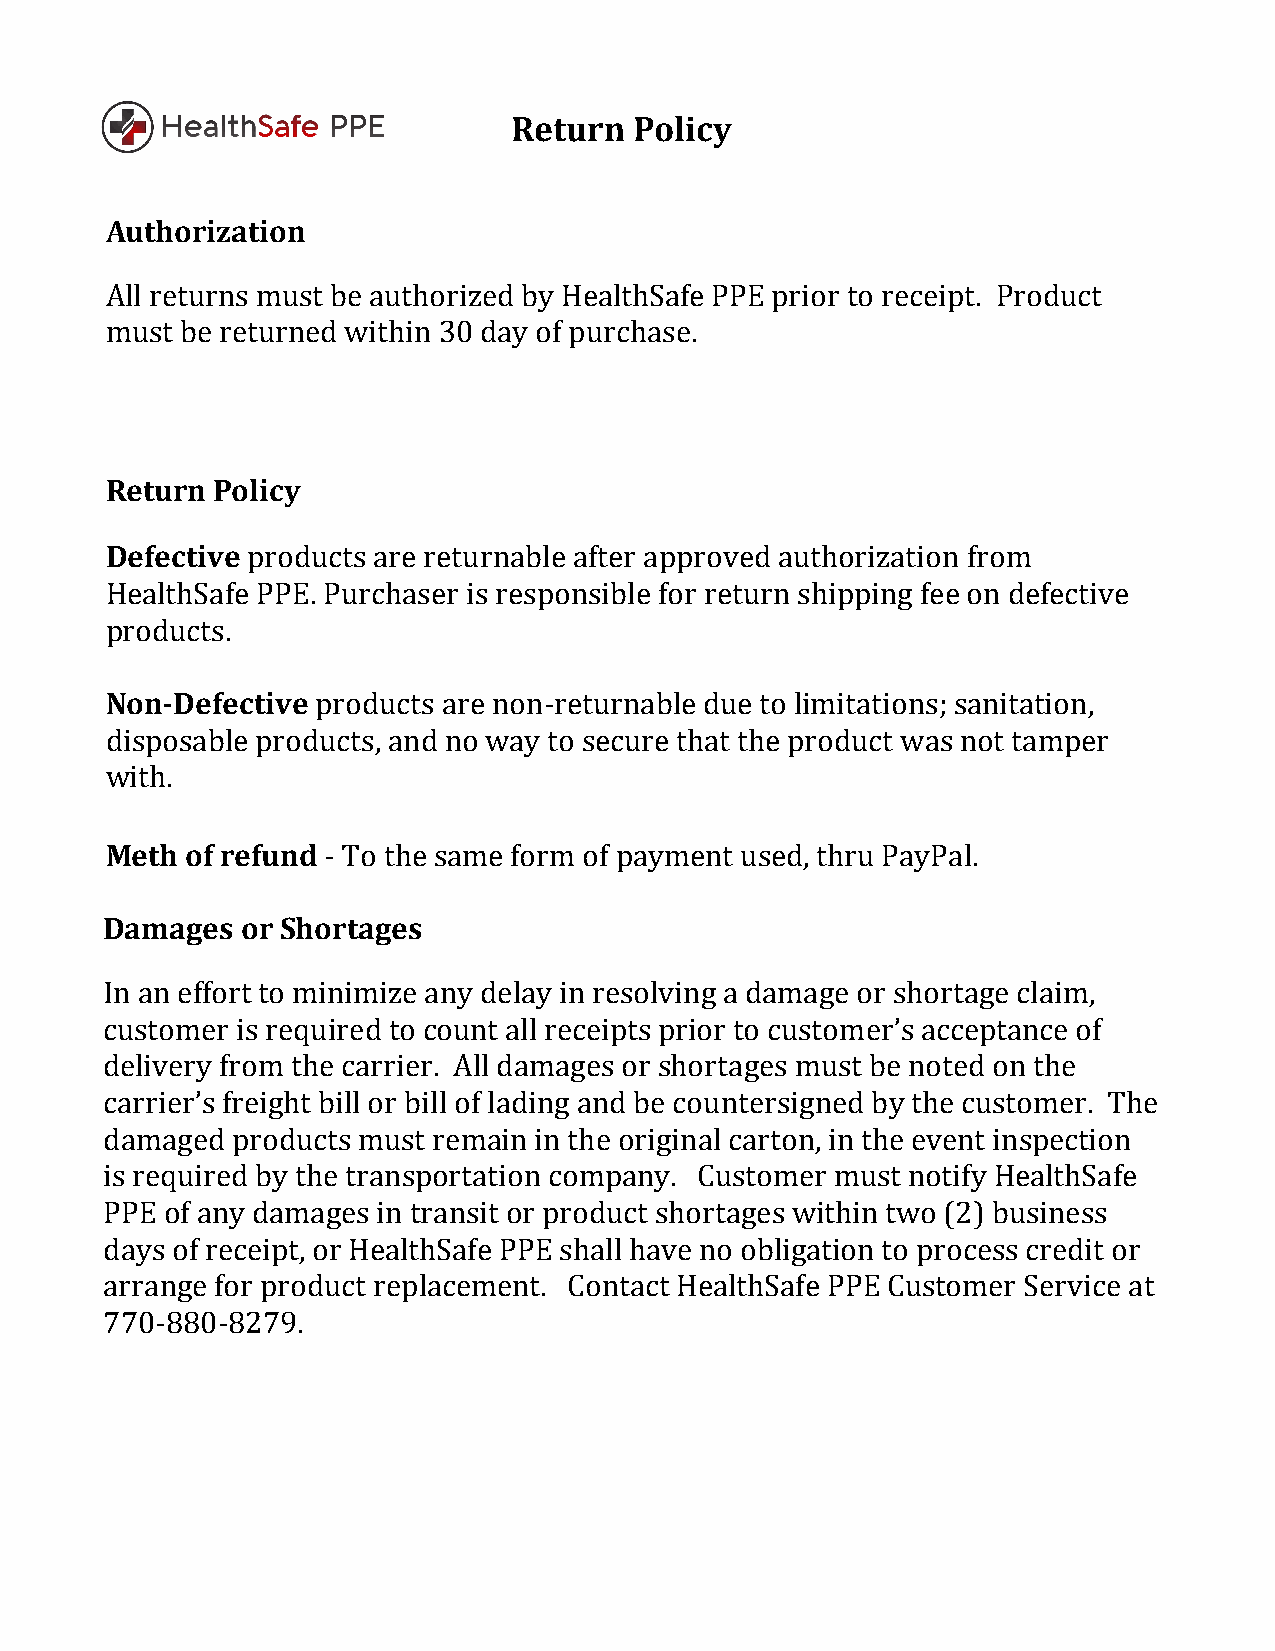
Return  Policy
 Authorization
 All returns must be authorized by           prior to receipt. Product
 must be returned within  day of purchase.
 HealthSafe PPE
 30
 Return Policy
 Defective
 products are returnable after approved authorization from
 HealthSafe PPE. Purchaser is responsible for return shipping fee on defective
 pNroond-uDcetsfe. ctive
 products are non-returnable due to limitations; sanitation,
 disposable products, and no way to secure that the product was not tamper
 with.
 Meth of refund
 Damages  or Sho -r Ttaog tehse same form of payment used, thru PayPal.
 In an effort to minimize any delay in resolving a damage or shortage claim,
 customer is required to count all receipts prior to customer’s acceptance of
 delivery from the carrier. All damages or shortages must be noted on the
 carrier’s freight bill or bill of lading and be countersigned by the customer. The
 damaged products must remain in the original carton, in the event inspection
 is required by the transportation company. Customer must notify
 of any damages in transit or product shortages within two (2) business
 days of receipt, or           shall have no obligation to procesHse carlethdSita ofer
 aPrPrEa nge for product replacement. Contact        Customer Service at
 HealthSafe PPE
 HealthSafe PPE
 770-880-8279.